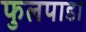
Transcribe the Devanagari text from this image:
फुलपाडा